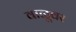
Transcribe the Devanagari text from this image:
वाळूवर